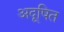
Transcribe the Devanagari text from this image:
अदूषित